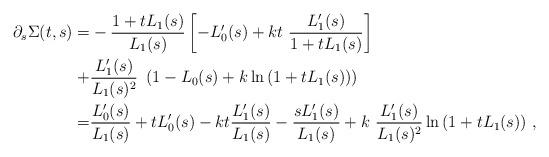
LaTeX: \begin{align*}\partial_s \Sigma(t,s) = & - \frac{1+t L_1(s)}{L_1(s)} \left[ -L_0'(s) + kt\ \frac{L_1'(s)}{1+t L_1(s)} \right] \\+ & \frac{L_1'(s)}{L_1(s)^2}\ \left( 1 - L_0(s) + k \ln{ (1+t L_1(s))} \right) \\= & \frac{L_0'(s)}{L_1(s)} + t L_0'(s) - kt \frac{L_1'(s)}{L_1(s)} - \frac{s L_1'(s)}{L_1(s)} + k\ \frac{L_1'(s)}{L_1(s)^2} \ln{(1+t L_1(s))} \ ,\end{align*}